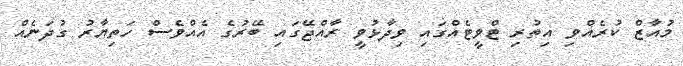
މުއާޒް ކުރެއްވި އިތުރި ޓްވީޓެއްގައި ވިދާޅުވީ ރާއްޖޭގައި ބޭރުގެ އެއްވެސް ހަތިޔާރު ގުދަނެއް